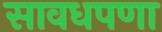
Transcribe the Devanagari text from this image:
सावधपणा